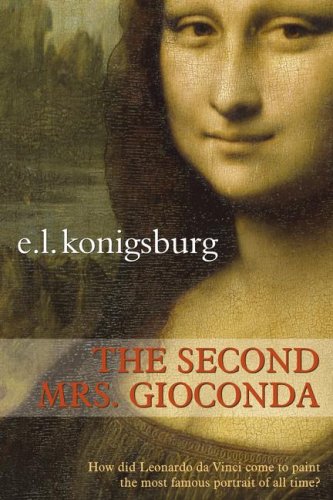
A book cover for The Second Mrs. Gioconda; E.L. Konigsburg; Teen & Young Adult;